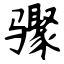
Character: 骤